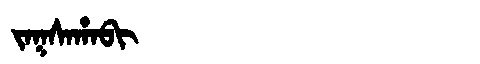
Manchu: ᠵᠠᡴᠰᠠᡥᠠᠪᡳ
Romanization: JAKSAHABI